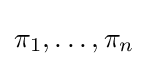
\pi _{1},\ldots ,\pi _{n}